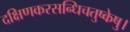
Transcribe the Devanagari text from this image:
दक्षिणकरसन्धिचतुष्केषु।